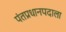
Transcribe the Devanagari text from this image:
पंतप्रधानपदाला